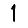
Digit: 1